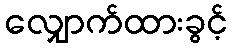
လျှောက်ထားခွင့်